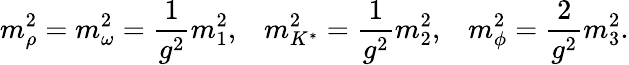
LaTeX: m_{\rho}^{2}=m_{\omega}^{2}={\frac{1}{g^{2}}}m_{1}^{2},\; \; \; m_{K^{*}}^{2}={\frac{1}{g^{2}}}m_{2}^{2},\; \; \; m_{\phi}^{2}={\frac{2}{g^{2}}}m_{3}^{2}.